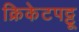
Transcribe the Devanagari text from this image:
क्रिकेटपट्टू